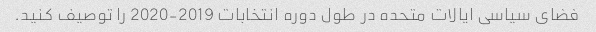
فضای سیاسی ایالات متحده در طول دوره انتخابات 2019-2020 را توصیف کنید.